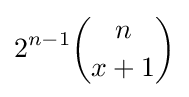
2^{n-1}{\binom {n}{x+1}}